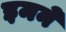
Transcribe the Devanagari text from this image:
इमनें